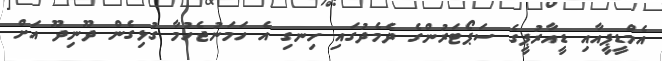
އެމްޑީޕީއާއި ޑީއާރުޕީގެ ސަޕޯޓަރުންގެ ދެމެދުގައި ހިނގި އެ ހަމަނުޖެހުމާ ގުޅިގެން ދޫނިދޫ އަށް